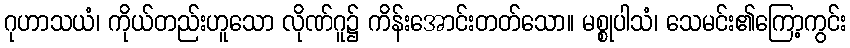
ဂုဟာသယံ၊ ကိုယ်တည်းဟူသော လိုဏ်ဂူ၌ ကိန်းအောင်းတတ်သော။ မစ္စုပါသံ၊ သေမင်း၏ကြော့ကွင်း